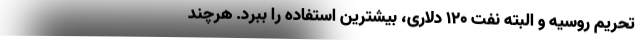
تحریم روسیه و البته نفت 120 دلاری، بیشترین استفاده را ببرد. هرچند